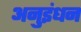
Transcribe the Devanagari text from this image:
अनुइंधन